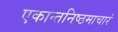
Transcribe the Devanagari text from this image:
एकान्तनिष्ठमाचारं